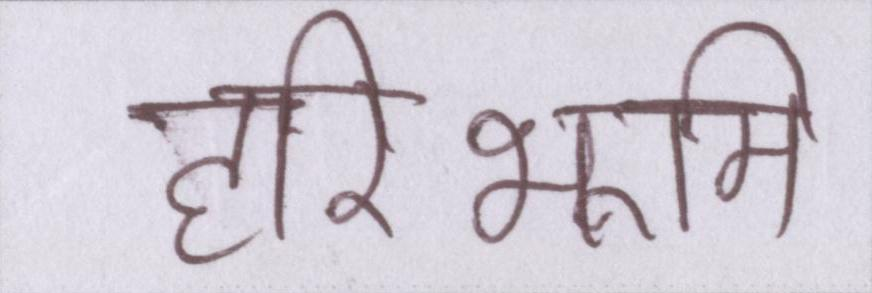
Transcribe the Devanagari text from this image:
हरिभूमि